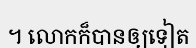
។ លោកក៏បានឲ្យទៀត